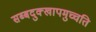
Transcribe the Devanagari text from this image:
सब्बदुक्खापमुच्चति